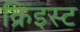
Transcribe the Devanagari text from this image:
क्रिइस्ट